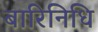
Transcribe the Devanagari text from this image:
बारिनिधि